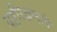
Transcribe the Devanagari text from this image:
यष्टीरक्षणाचे